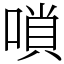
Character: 嗩